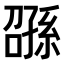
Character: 𫲰